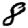
Digit: 8